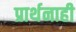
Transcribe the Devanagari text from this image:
प्रार्थनाही